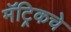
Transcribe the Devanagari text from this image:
मॅट्रिकचे